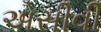
એસીવી